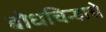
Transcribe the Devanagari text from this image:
बोधचिन्हाचे